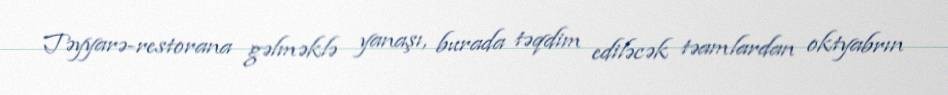
Təyyarə-restorana gəlməklə yanaşı, burada təqdim ediləcək təamlardan oktyabrın